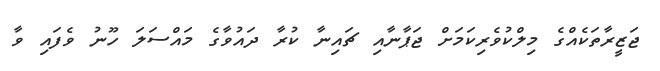
ޖަޒީރާތަކެއްގެ މިލްކުވެރިކަމަށް ޖަޕާނާއި ޗައިނާ ކުރާ ދައުވާގެ މައްސަލަ ހޫނު ވެފައި ވާ